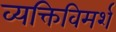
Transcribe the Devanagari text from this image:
व्यक्तिविमर्श